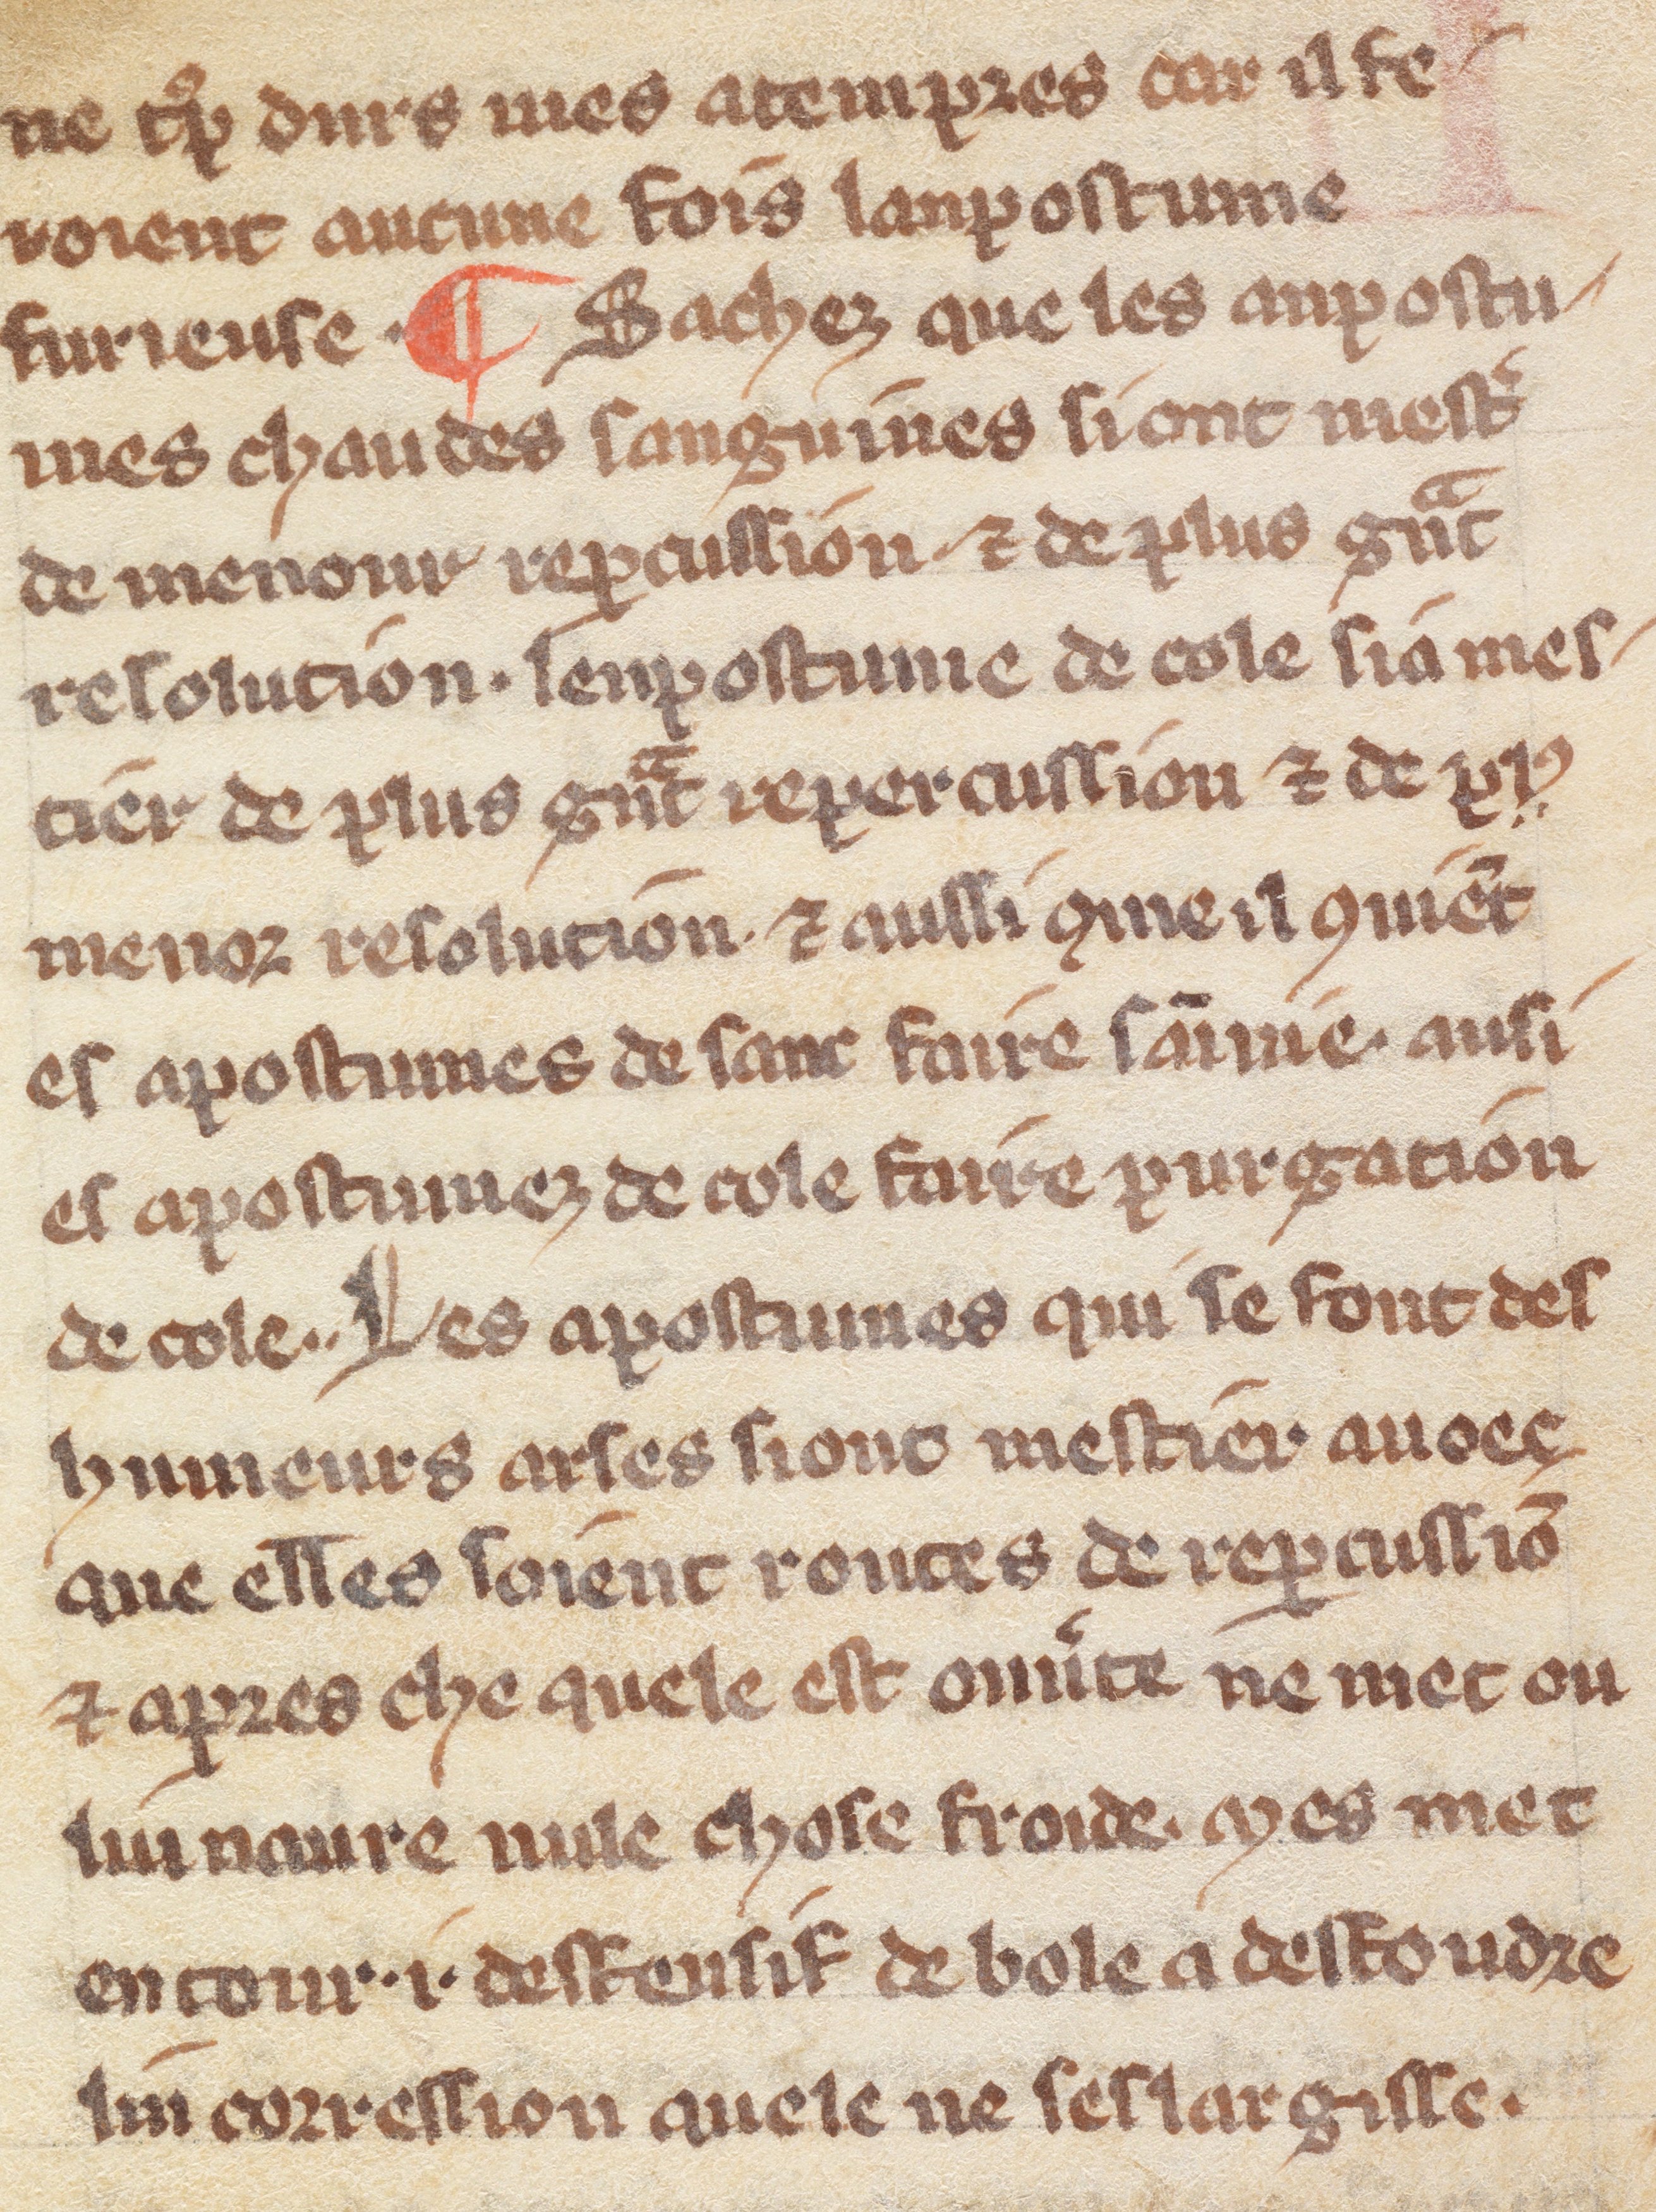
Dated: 1300–1330